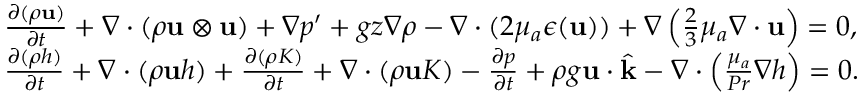
\begin{array} { r l } & { \frac { \partial ( \rho \mathbf u ) } { \partial t } + \nabla \cdot ( \rho \mathbf u \otimes \mathbf u ) + \nabla p ^ { \prime } + g z \nabla \rho - \nabla \cdot ( 2 \mu _ { a } \boldsymbol { \epsilon } ( \mathbf u ) ) + \nabla \left( \frac { 2 } { 3 } \mu _ { a } \nabla \cdot \mathbf u \right) = 0 , } \\ & { \frac { \partial ( \rho h ) } { \partial t } + \nabla \cdot ( \rho \mathbf u h ) + \frac { \partial ( \rho K ) } { \partial t } + \nabla \cdot ( \rho \mathbf u K ) - \frac { \partial p } { \partial t } + \rho g \mathbf u \cdot \widehat { \mathbf k } - \nabla \cdot \left( \frac { \mu _ { a } } { P r } \nabla h \right) = 0 . } \end{array}